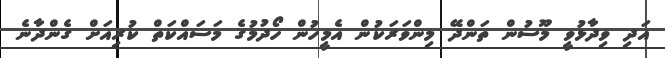
އަދި ވިދާޅުވީ މޫސުން ތަންދޭ މިންވަރަކުން އެމީހުން ހޯދުމުގެ މަސައްކަތް ކުރިއަށް ގެންދާނެ